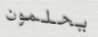
يحلمون